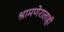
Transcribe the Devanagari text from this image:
श्रामणेरालाही